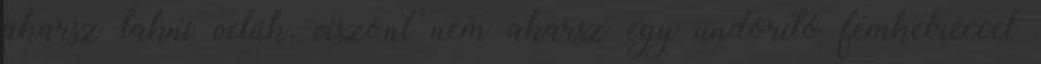
akarsz lakni velük, viszont nem akarsz egy undorító fémketreccel